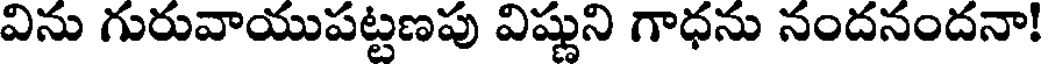
విను గురువాయుపట్టణపు విష్ణుని గాధను నందనందనా!